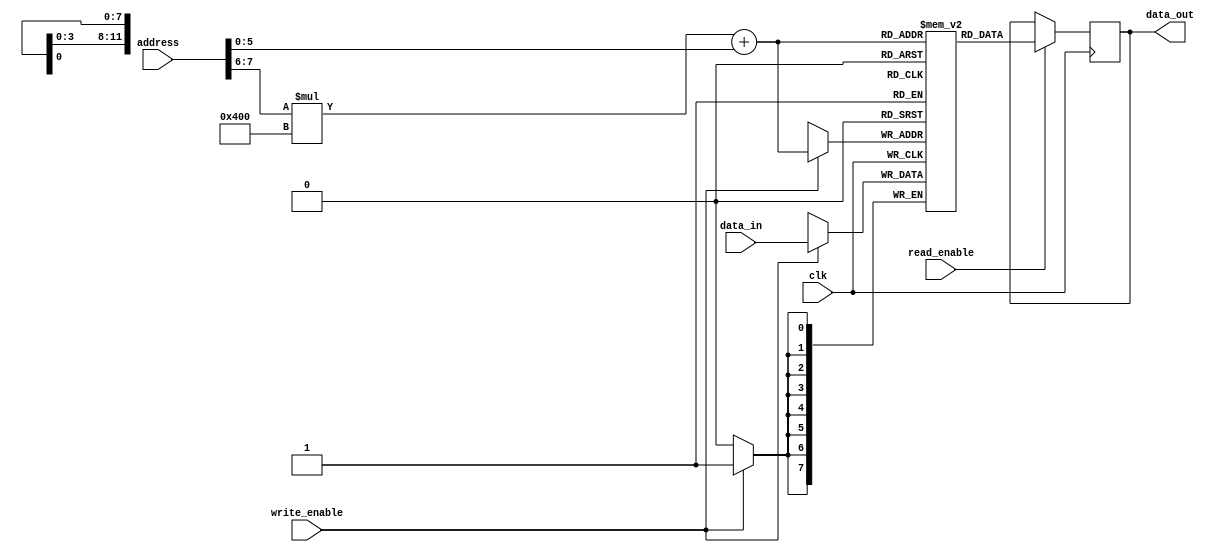
module memory_blocks_hbm (
    input wire [M-1:0] address,
    input wire [N-1:0] data_in,
    input wire write_enable,
    input wire read_enable,
    input wire clk,
    output reg [N-1:0] data_out
);

parameter M = 10; // Number of address bits
parameter N = 8; // Number of data bits

reg [N-1:0] memory_block[0:3][0:1023]; // Array of memory cells organized in rows and columns

always @(posedge clk) begin
    if (write_enable) begin
        memory_block[address[7:6]][address[5:0]] <= data_in;
    end

    if (read_enable) begin
        data_out <= memory_block[address[7:6]][address[5:0]];
    end
end

endmodule